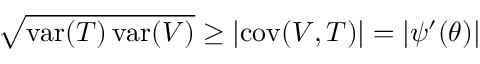
{ \sqrt { \operatorname { v a r } ( T ) \operatorname { v a r } ( V ) } } \geq \left| \operatorname { c o v } ( V , T ) \right| = \left| \psi ^ { \prime } ( \theta ) \right|